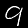
Label: 9